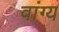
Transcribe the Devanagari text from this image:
वांग्य